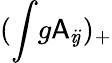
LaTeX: (\int\! g\mathsf{A}_{i\! j})_{+}